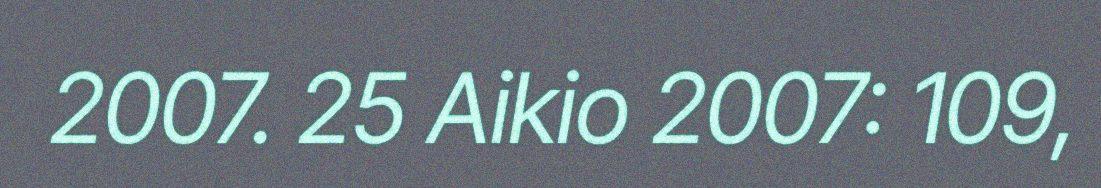
2007. 25 Aikio 2007: 109,